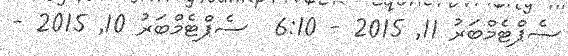
ސެޕްޓެމްބަރު 11